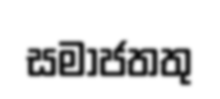
සමාජතතු